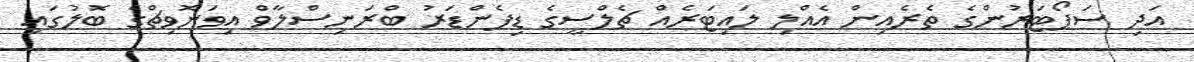
އަދި ސަޕޯޓަރުންގެ ތެރެއިން އެއްލި ލައިޓަރެއް ޗެލްސީގެ ޑިފެންޑަރު ބްރަނިސްލާވް އިވަނޮވިޗްގެ ބޮލުގައި